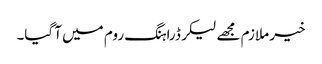
خیر ملازم مجھے لیکر ڈراہنگ روم میں آ گیا۔